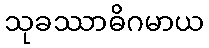
သုခဿာဓိဂမာယ